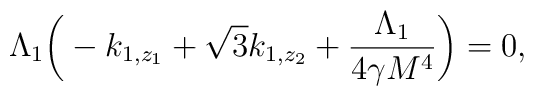
\Lambda_1\bigg(-k_{1,z_1}+\sqrt{3}k_{1,z_2}+\frac{\Lambda_1}{4\gamma M^4}\bigg)=0,